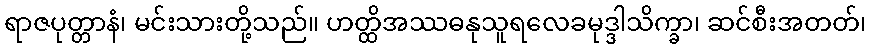
ရာဇပုတ္တာနံ၊ မင်းသားတို့သည်။ ဟတ္ထိအဿဓနုသူရလေခမုဒ္ဒါသိက္ခာ၊ ဆင်စီးအတတ်၊